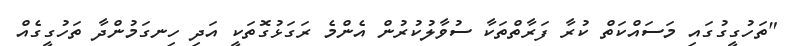
"ތަހުގީގުގައި މަސައްކަތް ކުރާ ފަރާތްތަކާ ސުވާލުކުރުން އެންމެ ރަގަޅުގޮތަކީ އަދި ހިނގަމުންދާ ތަހުގީގެއް